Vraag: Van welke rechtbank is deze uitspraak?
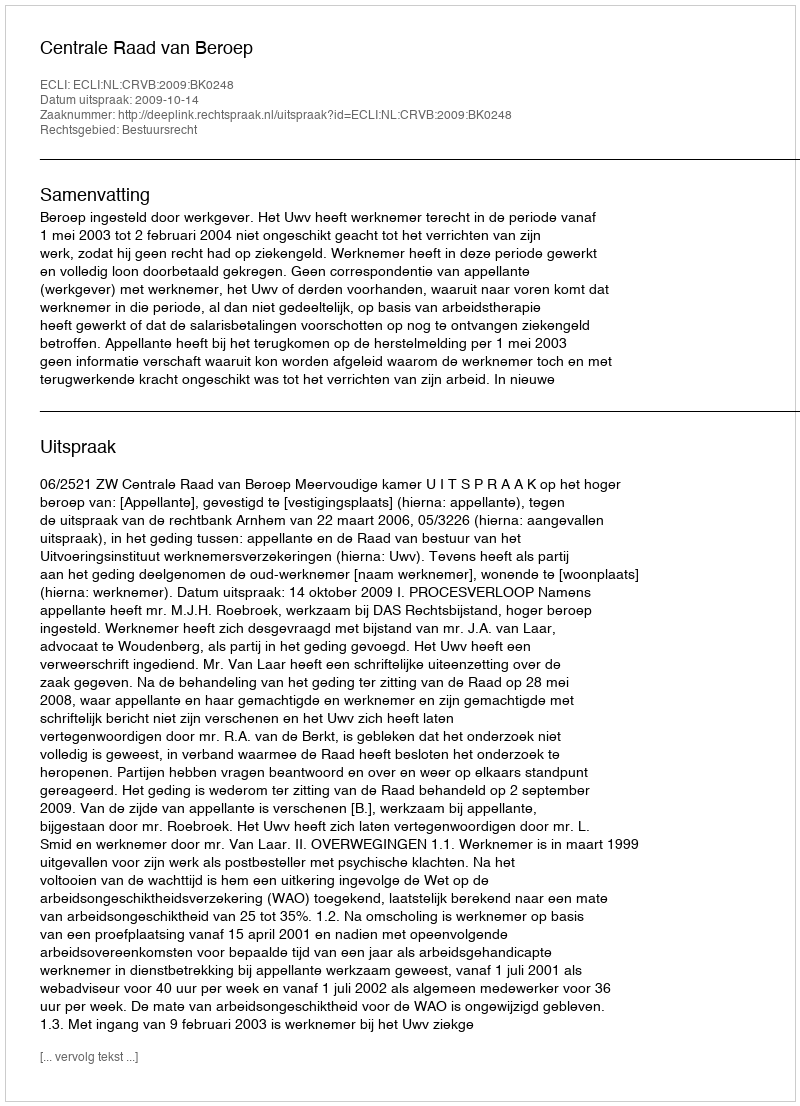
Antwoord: Centrale Raad van Beroep